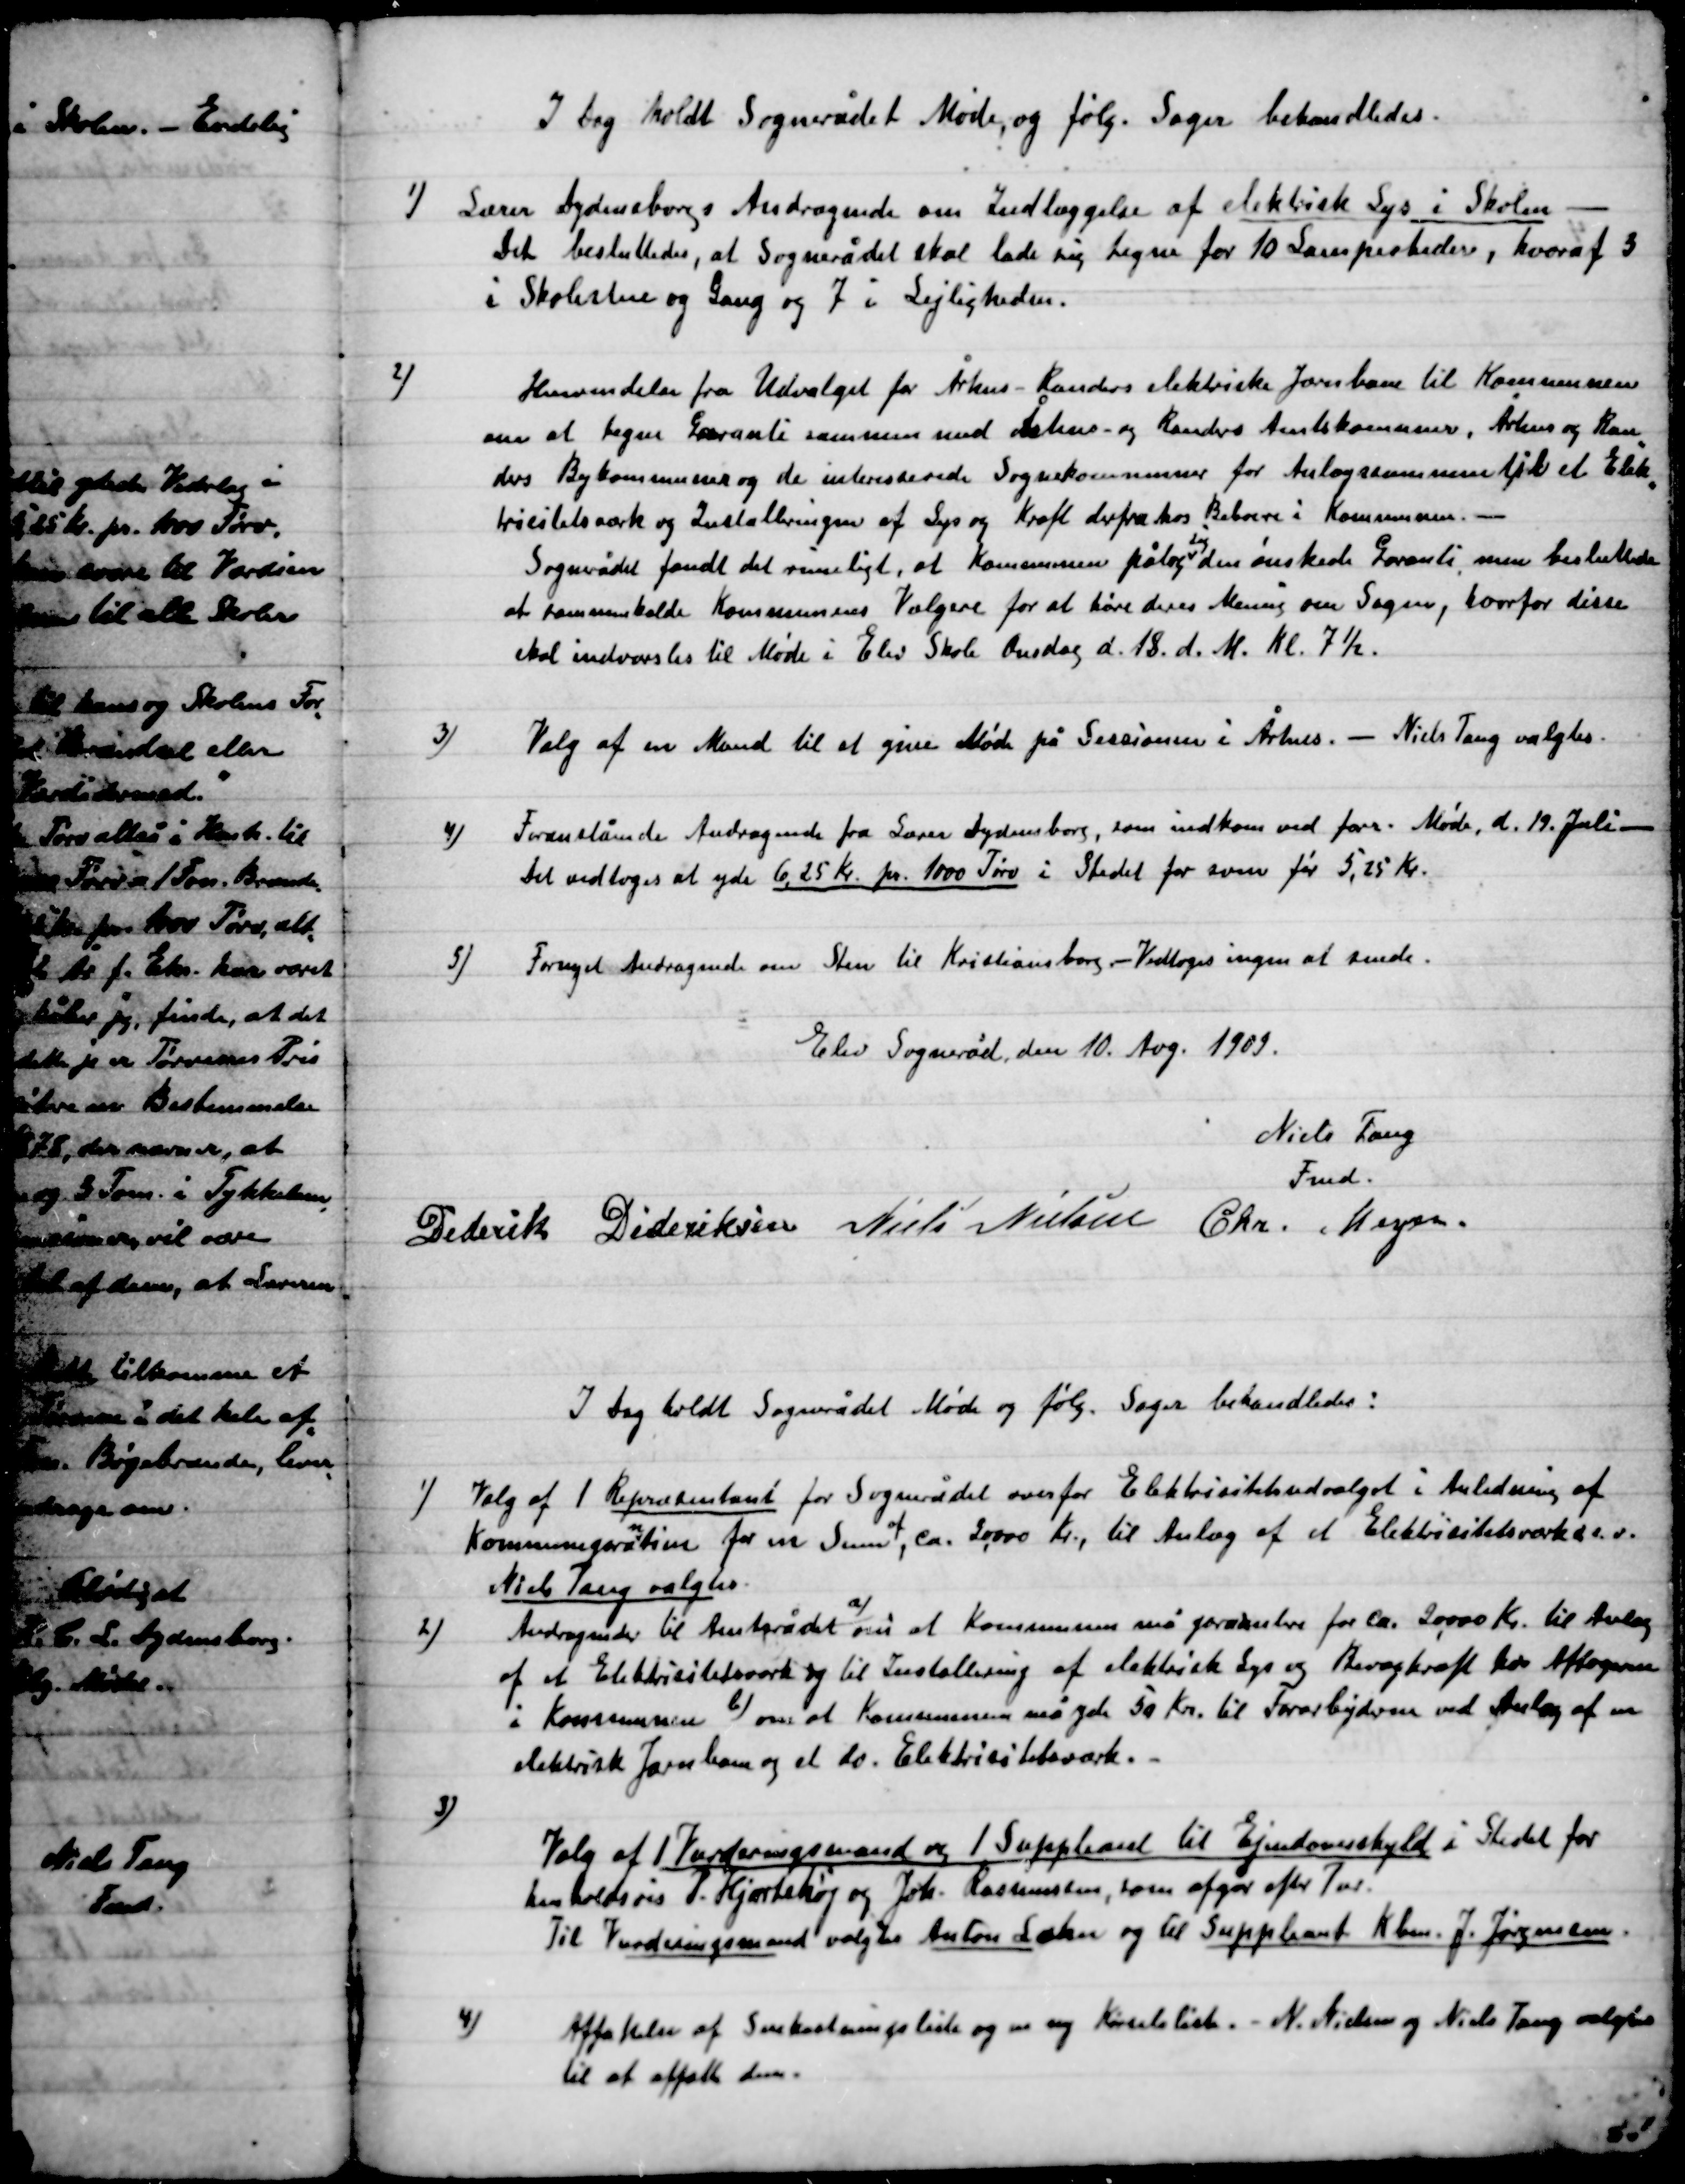
Transskription:
I  Dag holdt Sognerådet Møde, og følg. Sager behandledes

1)

Lærer Dydensborg Andragende om Indlæggelse af elektrisk Lys i Skolen –
Det besluttedes, at Sognerådet skal lade sig tegne for 10 Lampeenheder hvoraf 3
i Skolestue og Gang og 7 i Lejligheden.

2)

Henvendelse fra Udvalget for Århus – Randers elektriske Jærnbane til Kommunen
om at tegne Garanti sammen med Århus – og Randers Amtskommune, Århus og Ran-
ders Bykommune og de interesserede Sognekommuner for Anlægsrammen til et Elek-
tricitetsværk og Installeringen af Lys og Kraft derfra hos Beboerne i Kommunen. –
Sognerådet fandt det rimeligt, at kommunen pålæg sig den ønskede Garanti, men besluttede
at sammenkalde Kommunens Vælgere for at høre deres Mening om Sagen, hvorfor dette
skal indvarsles til Møde i Elev Skole Onsdag d. 19. d. M. Kl. 7½.

3)

Valg af en Mand til at give Møde på Sessionen i Århus. – Niels Tang valgtes.

4)

Foranstående Andragende fra Lærer Dydensborg, som indkom ved forr. Møde, d. 19. juli m.
Det vedtoges at yde 6,25 Kr. pr. 1000 Tørv i stedet for som før 5,25 Kr.

5)

Fornyet Andragende om Sten til Kristiansborg – Vedtoges ingen at sende.

Elev Sogneråd, den 10 Aug. 1909.

Niels Tang
Fmd.
Diderik Dideriksen
Niels Nielsen
Chr. Meyer.

I Dag holdt Sognerådet Møde og følg. Sager behandledes:

1)

Valg af 1 Repræsentant for Sognerådet som fro Elektricitetsudvalget i Anledning af
Kommunegarantien for en sum af, 20.000 Kr., til anlæg af et Elektricitetsværk osv.
Niels Tang valgtes.

2)

Andragende til Amtsrådet a) om at Kommunen må garantere for ca. 20.000 Kr. til Anlæg
af et Elektricitetsværk og til Installering af elektrisk Lys og Bevægkraft ved Aftagerne
i Kommunen b) om at Kommunen må yde 50 Kr. til Forarbejderne ved Anlæg af en
elektrisk Jærnbane og et do. Elektricitetsværk. –

3)

Valg af 1 Vurderingsmand og 1 suppleant til Ejendomsskyld i stedet for
Henholdsvis P. Hjortshøj og Joh. Rasmussen, som afgår efter Tur.
Til Vurderingsmand valgtes Anton Laku og til Suppleant Kbm. J. Jørgensen.

4)

Affattelsen af Snekastningsliste og en ny Kørselsliste. – N. Nielsen og Niels Tang valgtes
til at affatte dem.